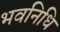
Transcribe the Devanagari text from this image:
भवनिधि